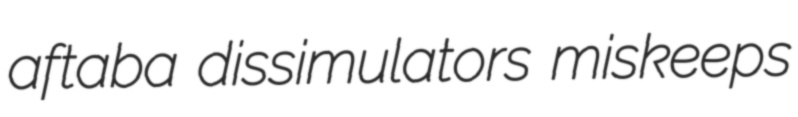
aftaba dissimulators miskeeps